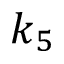
k _ { 5 }